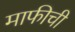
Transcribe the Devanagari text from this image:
माफीची